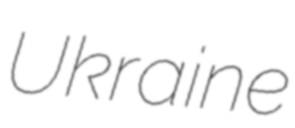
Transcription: Ukraine